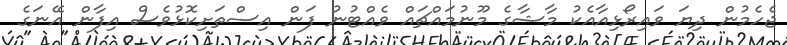
ޖެހެމުން ދިޔަ ވައިރޯޅިއާއެކު މާޝާގެ މޫނުމައްޗައް ވެއްޓުނު ފަން އިސްތަށިކޮޅުވެސް އިފާން އޭނަގެ